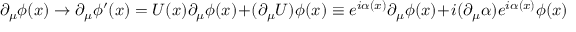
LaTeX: \partial _ { \mu } \phi ( x ) \rightarrow \partial _ { \mu } \phi ^ { \prime } ( x ) = U ( x ) \partial _ { \mu } \phi ( x ) + ( \partial _ { \mu } U ) \phi ( x ) \equiv e ^ { i \alpha ( x ) } \partial _ { \mu } \phi ( x ) + i ( \partial _ { \mu } \alpha ) e ^ { i \alpha ( x ) } \phi ( x )